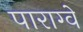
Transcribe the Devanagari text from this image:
पाराग्वे